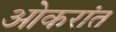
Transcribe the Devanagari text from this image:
ओकरांत